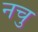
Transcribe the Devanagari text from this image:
नचु